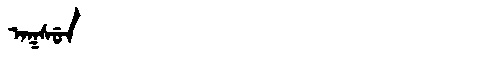
Manchu: ᠠᡴᠰᡠᠨ
Romanization: AKSUN